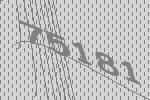
75181